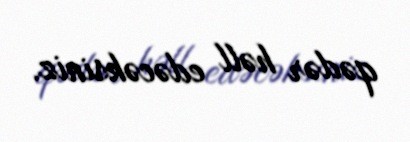
qədər həll edəcəksiniz.